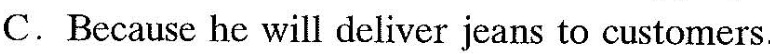
C.Because he will deliver jeans to customers.